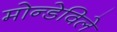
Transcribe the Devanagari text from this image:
मोन्डेविले